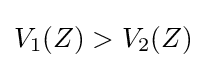
V_{1}(Z)>V_{2}(Z)